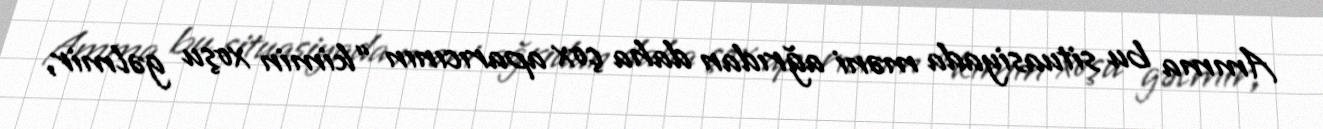
Amma bu situasiyada məni ağrıdan daha çox aparıcının “kimin xoşu gəlmir,